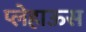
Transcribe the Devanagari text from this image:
प्लेहाऊस